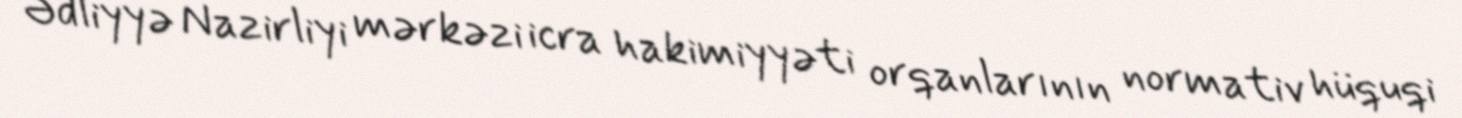
Ədliyyə Nazirliyi mərkəzi icra hakimiyyəti orqanlarının normativ hüquqi